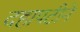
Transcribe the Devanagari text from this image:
दहापटीने